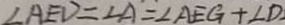
\angle A E D = \angle A = \angle A E G + \angle D